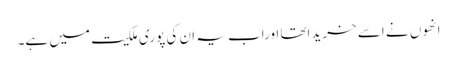
انھوں نے اسے خریداتھا اوراب یہ ان کی پوری ملکیت میں ہے۔